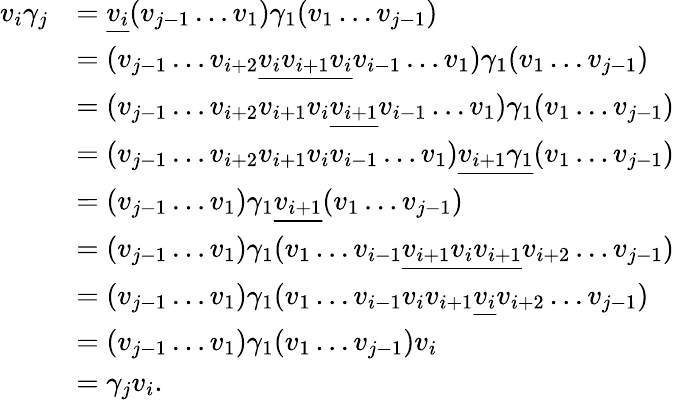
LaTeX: \begin{array}{rl}{v_{i}\gamma_{j}}&{=\underline{{v_{i}}}(v_{j-1}\ldots v_{1})\gamma_{1}(v_{1}\ldots v_{j-1})}\\ &{=(v_{j-1}\ldots v_{i+2}\underline{{v_{i}v_{i+1}v_{i}}}v_{i-1}\ldots v_{1})\gamma_{1}(v_{1}\ldots v_{j-1})}\\ &{=(v_{j-1}\ldots v_{i+2}v_{i+1}v_{i}\underline{{v_{i+1}}}v_{i-1}\ldots v_{1})\gamma_{1}(v_{1}\ldots v_{j-1})}\\ &{=(v_{j-1}\ldots v_{i+2}v_{i+1}v_{i}v_{i-1}\ldots v_{1})\underline{{v_{i+1}\gamma_{1}}}(v_{1}\ldots v_{j-1})}\\ &{=(v_{j-1}\ldots v_{1})\gamma_{1}\underline{{v_{i+1}}}(v_{1}\ldots v_{j-1})}\\ &{=(v_{j-1}\ldots v_{1})\gamma_{1}(v_{1}\ldots v_{i-1}\underline{{v_{i+1}v_{i}v_{i+1}}}v_{i+2}\ldots v_{j-1})}\\ &{=(v_{j-1}\ldots v_{1})\gamma_{1}(v_{1}\ldots v_{i-1}v_{i}v_{i+1}\underline{{v_{i}}}v_{i+2}\ldots v_{j-1})}\\ &{=(v_{j-1}\ldots v_{1})\gamma_{1}(v_{1}\ldots v_{j-1})v_{i}}\\ &{=\gamma_{j}v_{i}.}\end{array}